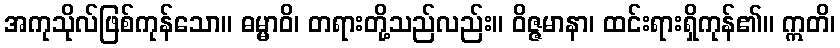
အကုသိုလ်ဖြစ်ကုန်သော။ ဓမ္မာဝိ၊ တရားတို့သည်လည်း။ ဝိဇ္ဇမာနာ၊ ထင်းရားရှိကုန်၏။ ဣတိ၊